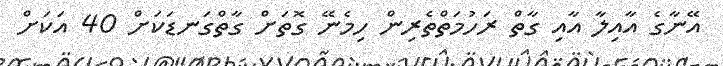
އޭނާގެ އާއިލާ އާއި ގާތް ރަހުމަތްތެރިން ހިމެނޭ ގޮތަށް ގާތްގަނޑަކަށް 40 އަކަށް